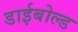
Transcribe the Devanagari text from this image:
डाईबोल्ड